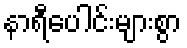
နာရီပေါင်းများစွာ